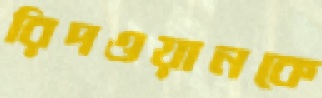
রিদওয়ানকে